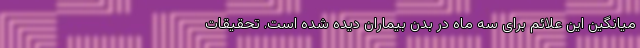
میانگین این علائم برای سه ماه در بدن بیماران دیده شده است. تحقیقات